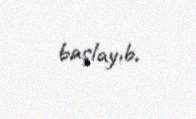
başlayıb.